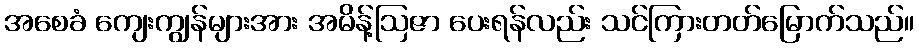
အစေခံ ကျေးကျွန်များအား အမိန့်ဩဇာ ပေးရန်လည်း သင်ကြားတတ်မြောက်သည်။